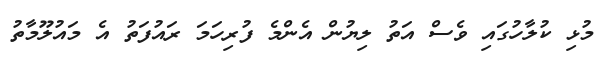
މުޅި ކުލާހުގައި ވެސް އަތު ލިޔުން އެންމެ ފުރިހަމަ ރައުފަތު އެ މައުލޫމާތު